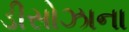
ડીસોઝાના